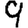
Digit: 9